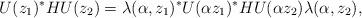
LaTeX: \begin{align*}U(z_1)^{\ast}HU(z_2)=\lambda(\alpha,z_1)^{\ast}U(\alpha z_1)^{\ast}HU(\alpha z_2)\lambda(\alpha,z_2),\end{align*}